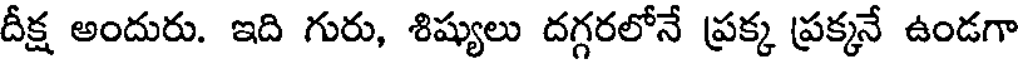
దీక్ష అందురు. ఇది గురు, శిష్యులు దగ్గరలోనే ప్రక్క ప్రక్కనే ఉండగా